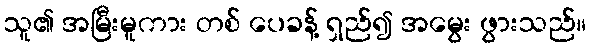
သူ၏ အမြီးမူကား တစ် ပေခန့် ရှည်၍ အမွေး ဖွားသည်။